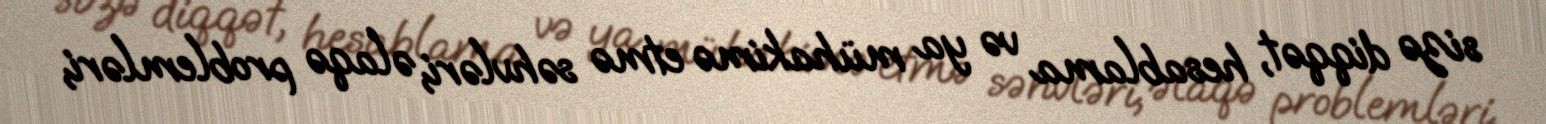
sizə diqqət, hesablama və ya mühakimə etmə səhvləri, əlaqə problemləri,